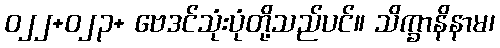
ဝ၂၂+ဝ၂၃+ ဗေဒင်သုံးပုံတို့သည်ပင်။ သိက္ခာနိနာမ၊